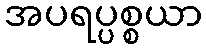
အပရပ္ပစ္စယာ